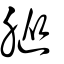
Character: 䐫